Report on sanitation, dispensaries, and jails in Rajputana for 1913, and on vaccination for the year 1913-1914 - 1913-1914
Year: 1913
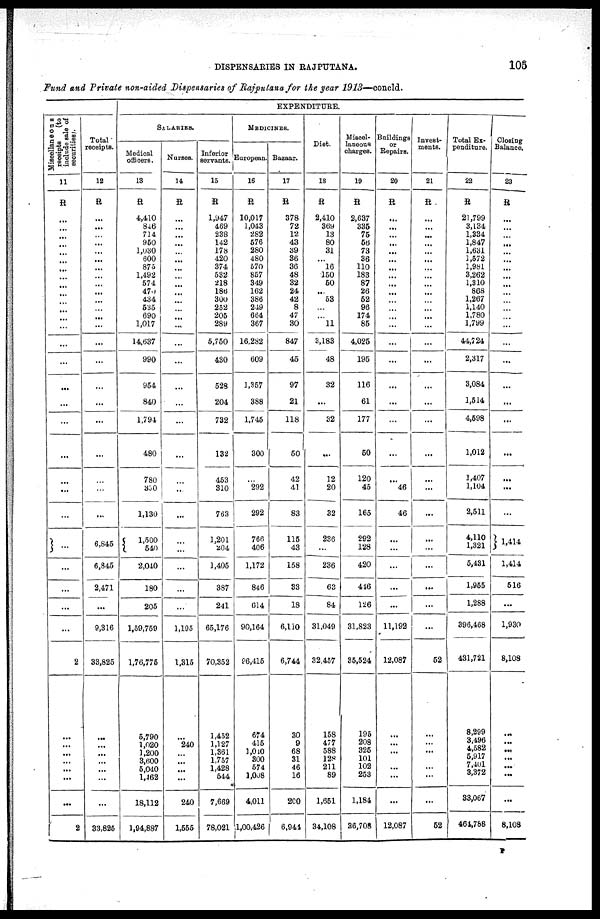
DISPENSARIES IN RAJPUTANA.
105
Fund and Private non-aided Dispensaries of Rajputana for the year 1913—concld.
Miscellaneous
receipts
(to
include sale of
securities).
11
R
...
...
...
...
...
...
...
...
...
...
...
...
...
...
...
...
...
...
...
...
...
...
...
...
...
...
...
...
2
...
...
...
...
...
...
...
2
Total
receipts.
12
R
...
...
...
...
...
...
...
...
...
...
...
...
...
...
...
...
...
...
...
...
...
...
...
6,845
6,845
2,471
...
9,316
33,825
...
...
...
...
...
...
...
33,825
EXPENDITURE.
SALARIES.
Medical
officers.
13
R
4,410
846
714
950
1,030
600
875
1,492
574
470
434
535
690
1,017
14,637
990
954
840
1,794
480
780
300
1,130
1,500
540
2,040
180
205
1,59,769
1,76,775
5,790
1,020
1,200
3,600
5,040
1,462
18,112
1,94,887
Nurses.
14
R
...
...
...
...
...
...
...
...
...
...
...
...
...
...
...
...
...
...
...
...
...
...
...
...
...
...
...
...
1,195
1,315
...
240
...
...
...
...
240
1,555
Inferior
servants.
15
R
1,947
469
238
142
178
420
374
532
218
186
300
252
205
289
5,750
430
528
204
732
132
453
310
763
1,201
204
1,405
387
241
65,176
70,352
1,452
1,127
1,361
1,757
1,428
544
7,669
78,021
MEDICINES.
European.
16
R
10,017
1,043
282
576
280
480
570
857
349
162
386
249
664
367
16,282
609
1,357
388
1,745
300
...
292
292
766
406
1,172
846
614
90,164
96,415
674
415
1,010
300
574
1,008
4,011
1,00,426
Bazaar.
17
R
378
72
12
43
39
36
36
48
32
24
42
8
47
30
847
45
97
21
118
50
42
41
83
115
43
158
33
18
6,110
6,744
30
9
68
31
46
16
200
6,944
Diet.
18
R
2,410
369
13
80
31
...
16
150
50
...
53
...
...
11
3,183
48
32
...
32
...
12
20
32
236
...
236
63
84
31,049
32,457
158
477
588
128
211
89
1,651
34,108
Miscel-
laneous
charges.
19
R
2,637
335
75
56
73
36
110
183
87
26
52
96
174
85
4,025
195
116
61
177
60
120
45
165
292
128
420
416
126
31,823
35,524
195
208
325
101
102
253
1,184
36,708
Buildings
or
Repairs.
20
R
...
...
...
...
...
...
...
...
...
...
...
...
...
...
...
...
...
...
...
...
...
46
46
...
...
...
...
...
11,192
12,087
...
...
...
...
...
...
12,087
Invest¬
ments.
21
R
...
...
...
...
...
...
...
...
...
...
...
...
...
...
...
...
...
...
...
...
...
...
...
...
...
...
...
...
...
52
...
...
...
...
...
...
52
Total Ex¬
penditure.
22
R
21,799
3,134
1,334
1,847
1,631
1,572
1,981
3,262
1,310
868
1,267
1,140
1,780
1,799
44,724
2,317
3,084
1,514
4,598
1,012
1,407
1,104
2,511
4,110
1,321
5,431
1,955
1,288
396,468
431,721
8,299
3,496
4,582
6,917
7,401
3,372
33,067
464,788
Closing
Balance.
23
R
...
...
...
...
...
...
...
...
...
...
...
...
...
...
...
...
...
...
...
...
...
...
...
1,414
1,414
516
...
1,930
8,108
...
...
...
...
...
...
...
8,108
P